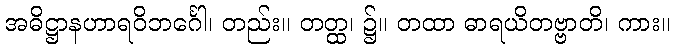
အဓိဋ္ဌာနဟာရဝိဘင်္ဂေါ၊ တည်း။ တတ္ထ၊ ၌။ တထာ ဓာရယိတဗ္ဗာတိ၊ ကား။